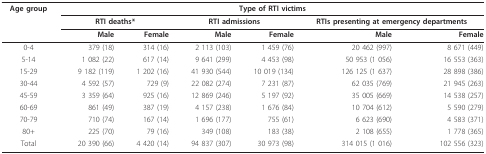
| Age group | <COLSPAN=6> Type of RTI victims |
 |  | <COLSPAN=2> RTI deaths* | <COLSPAN=2> RTI admissions | <COLSPAN=2> RTIs presenting at emergency departments |
 |  | Male | Female | Male | Female | Male | Female |
 | --- | --- | --- | --- | --- | --- | --- |
 | 0-4 | 379 (18) | 314 (16) | 2 113 (103) | 1 459 (76) | 20 462 (997) | 8 671 (449) |
 | 5-14 | 1 082 (22) | 617 (14) | 9 641 (299) | 4 453 (98) | 50 953 (1 056) | 16 553 (363) |
 | 15-29 | 9 182 (119) | 1 202 (16) | 41 930 (544) | 10 019 (134) | 126 125 (1 637) | 28 898 (386) |
 | 30-44 | 4 592 (57) | 729 (9) | 22 082 (274) | 7 231 (87) | 62 035 (769) | 21 945 (263) |
 | 45-59 | 3 359 (64) | 925 (16) | 12 869 (246) | 5 197 (92) | 35 005 (669) | 14 538 (257) |
 | 60-69 | 861 (49) | 387 (19) | 4 157 (238) | 1 676 (84) | 10 704 (612) | 5 590 (279) |
 | 70-79 | 710 (74) | 167 (14) | 1 696 (177) | 755 (61) | 6 623 (690) | 4 583 (371) |
 | 80+ | 225 (70) | 79 (16) | 349 (108) | 183 (38) | 2 108 (655) | 1 778 (365) |
 | Total | 20 390 (66) | 4 420 (14) | 94 837 (307) | 30 973 (98) | 314 015 (1 016) | 102 556 (323) |